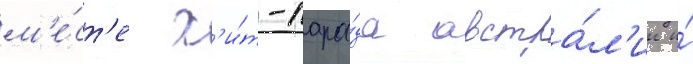
м'е́ст'е х'и́т-пара́да австра́л'ии и́